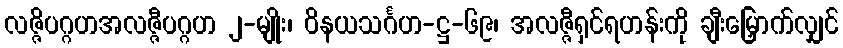
လဇ္ဇိပဂ္ဂဟအလဇ္ဇီပဂ္ဂဟ ၂-မျိုး၊ ဝိနယသင်္ဂဟ-ဋ္ဌ-၆၉၊ အလဇ္ဇီရှင်ရဟန်းကို ချီးမြှောက်လျှင်